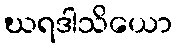
ဃရဒါသိယော